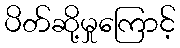
ပိတ်ဆို့မှုကြောင့်